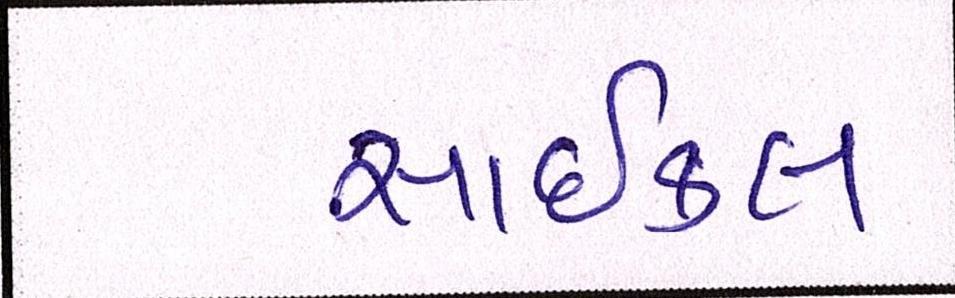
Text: સાઇકલ